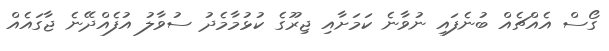
ގޯސް އެއްޗެއް ބުނެފައި ނުވާނެ ކަމަށާއި ޖިރޫގެ ކުޅުމާމެދު ސުވާލު އުފެއްދޭނެ ޖާގައެއް